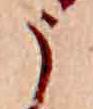
う